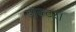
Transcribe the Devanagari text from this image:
डाॅक्टर।